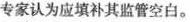
专家认为应填补其监管空白。